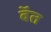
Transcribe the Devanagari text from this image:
बॅत